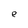
Character: e